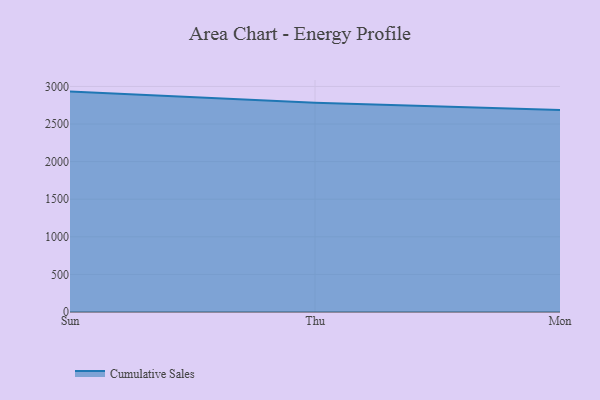
{"axis": {"x": "Day", "y": "Operating Costs (USD K)"}, "legend": ["Cumulative Sales"], "data": [{"x": "Sun", "y": 2931.5, "type": "Cumulative Sales"}, {"x": "Thu", "y": 2782.5, "type": "Cumulative Sales"}, {"x": "Mon", "y": 2687.0, "type": "Cumulative Sales"}]}